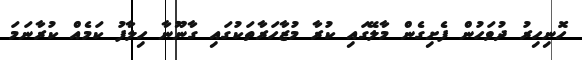
ހޮނިހިރު ދުވަހުން ފެށިގެން މާލޭގައި ކުރާ މުޒާހަރާތަކުގައި ގާނޫނާ ހިލާފު ކަމެއް ކުރާނަމަ